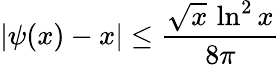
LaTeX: |\psi(x)-x|\leq{\frac{{\sqrt{x}}\, \ln^{2}x}{8\pi}}